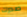
صدرك